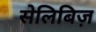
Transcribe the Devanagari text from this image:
सेलिबिज़